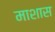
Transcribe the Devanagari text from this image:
माशास